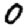
Digit: 0